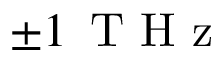
\pm 1 \ensuremath { \, \mathrm { ~ T ~ H ~ z ~ } }